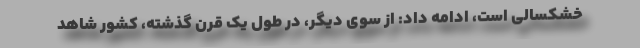
خشکسالی است، ادامه داد: از سوی دیگر، در طول یک قرن گذشته، کشور شاهد